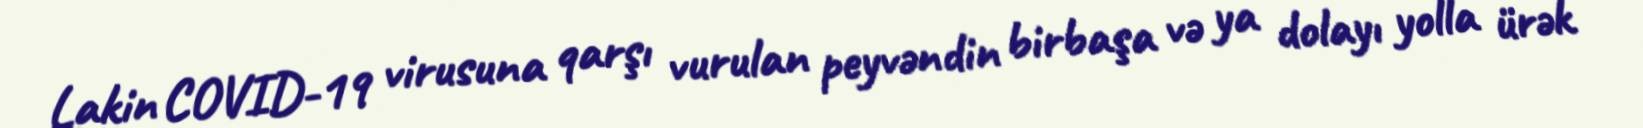
Lakin COVID-19 virusuna qarşı vurulan peyvəndin birbaşa və ya dolayı yolla ürək